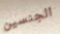
الجنسين